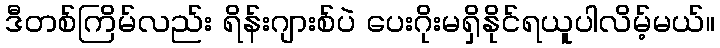
ဒီတစ်ကြိမ်လည်း ရိန်းဂျားစ်ပဲ ပေးဂိုးမရှိနိုင်ရယူပါလိမ့်မယ်။